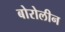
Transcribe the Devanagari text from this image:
बोरोलीन